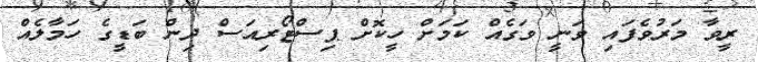
ރީވާ މަރުވެފައި ވަނީ ވަގެއް ކަމަށް ހީކޮށް ޕިސްޓޯރިއަސް ދިން ބަޑީގެ ހަމާލެއް